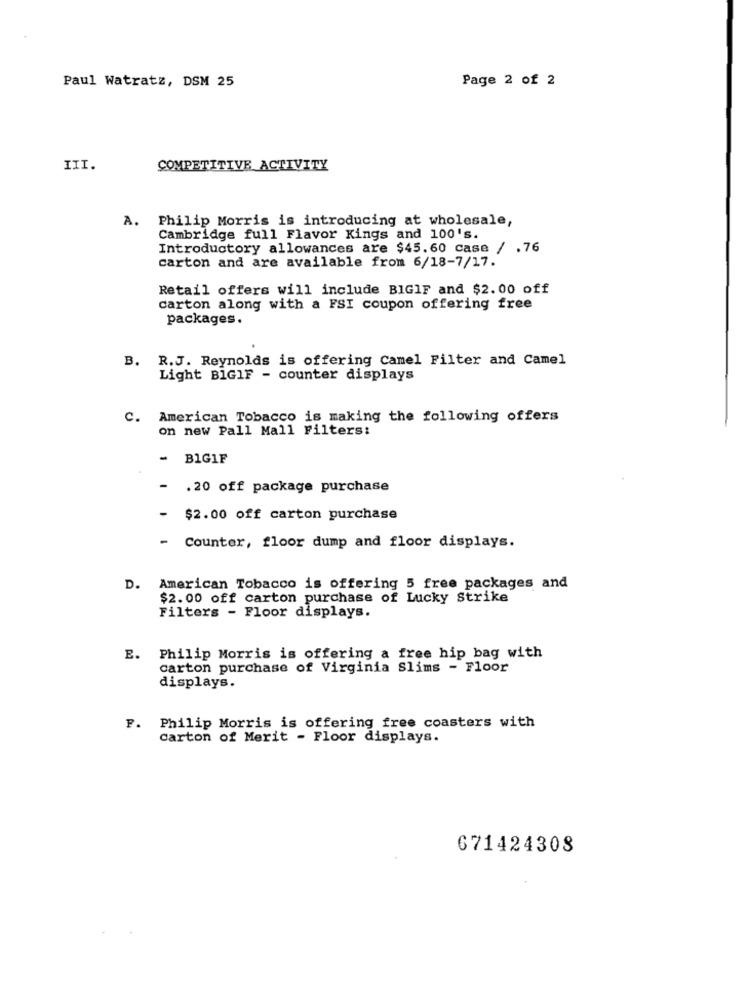
Page 2 of 2
Paul Watratz, DSM 25
III.
COMPETITIVE ACTIVITY
Philip Morris is introducing at wholesale,
Cambridge full Flavor Kings and 100's.
Introductory allowances are $45.60 case / .76
carton and are available from 6/18-7/17.
Retail offers will include BIGIF and $2.00 off
carton along with a FSI coupon offering free
packages.
B. R.J. Reynolds is offering Camel Filter and Camel
Light BIGIF - counter displays
C. American Tobacco is making the following offers
on new Pall Mall Filters:
- BIGIF
- . 20 off package purchase
- $2.00 off carton purchase
- Counter, floor dump and floor displays.
D.
American Tobacco is offering 5 free packages and
$2.00 off carton purchase of Lucky Strike
Filters - Floor displays.
E.
Philip Morris is offering a free hip bag with
carton purchase of Virginia Slims - Floor
displays.
F. Philip Morris is offering free coasters with
Carton of Merit - Floor displays.
671424308